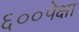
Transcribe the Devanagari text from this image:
६००पेक्षा